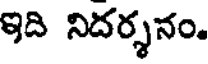
ఇది నిదర్శనం.